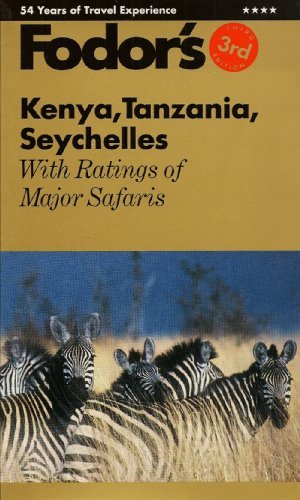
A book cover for FODOR-KENYA THIRD EDITION; Fodor's; Travel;